On a parasite found in the white corpuscles of the blood of palm squirrels - Number 24
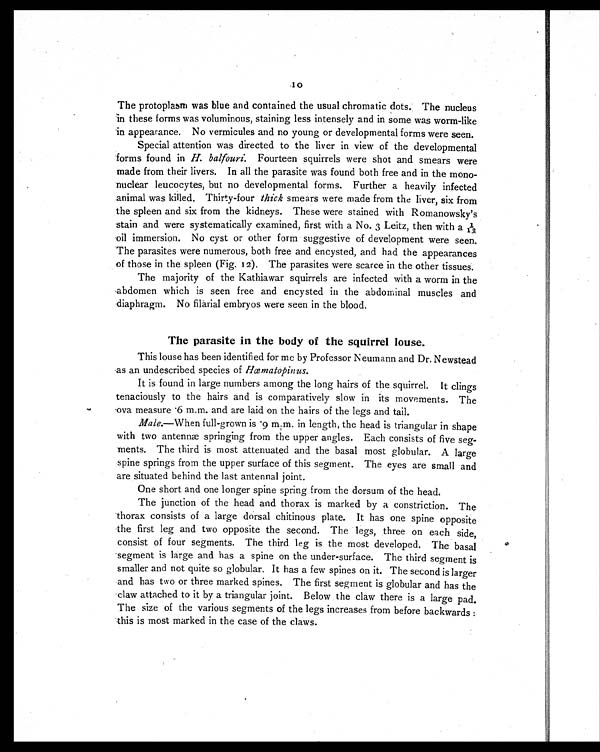
The protoplasm was blue and contained the usual chromatic dots. The nucleus
10
in these forms was voluminous, staining less intensely and in some was worm-like
in appearance. No vermicules and no young or developmental forms were seen.
Special attention was directed to the liver in view of the developmental
forms found in H. balfouri. Fourteen squirrels were shot and smears were
made from their livers. In all the parasite was found both free and in the mono-
nuclear leucocytes, but no developmental forms. Further a heavily infected
animal was killed. Thirty-four thick smears were made from the liver, six from
the spleen and six from the kidneys. These were stained with Romanowsky's
stain and were systematically examined, first with a No. 3 Leitz, then with a 1/12
oil immersion. No cyst or other form suggestive of development were seen.
The parasites were numerous, both free and encysted, and had the appearances
of those in the spleen (Fig. 12). The parasites were scarce in the other tissues.
The majority of the Kathiawar squirrels are infected with a worm in the
abdomen which is seen free and encysted in the abdominal muscles and
diaphragm. No filarial embryos were seen in the blood.
The parasite in the body of the squirrel louse.
This louse has been identified for me by Professor Neumann and Dr. Newstead
as an undescribed species of Hæmatopinus.
It is found in large numbers among the long hairs of the squirrel. It clings
tenaciously to the hairs and is comparatively slow in its movements. The
ova measure .6 m.m. and are laid on the hairs of the legs and tail.
Male.—When full-grown is .9 m.m. in length, the head is triangular in shape
with two antennæ springing from the upper angles. Each consists of five seg-
ments. The third is most attenuated and the basal most globular. A large
spine springs from the upper surface of this segment. The eyes are small and
are situated behind the last antennal joint.
One short and one longer spine spring from the dorsum of the head.
The junction of the head and thorax is marked by a constriction. The
thorax consists of a large dorsal chitinous plate. It has one spine opposite
the first leg and two opposite the second. The legs, three on each side,
consist of four segments. The third leg is the most developed. The basal
segment is large and has a spine on the under-surface. The third segment is
smaller and not quite so globular. It has a few spines on it. The second is larger
and has two or three marked spines. The first segment is globular and has the
claw attached to it by a triangular joint. Below the claw there is a large pad.
The size of the various segments of the legs increases from before backwards :
this is most marked in the case of the claws.